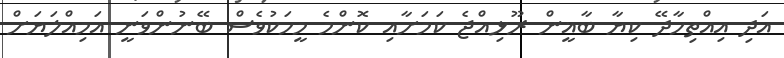
އަދި އިއްތިހާދޭ ކިޔާ ބާޣީން ރޫޅިއްޖެ ކަމަށާއި ކޮންމެ މީހަކުވެސް ބޭނުންވަނީ އަމިއްލަޔަށް